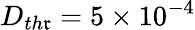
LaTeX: D_{th\mathfrak{r}}=5\times10^{-4}